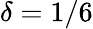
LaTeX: \delta=1/6